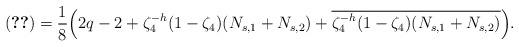
LaTeX: \begin{align*}\eqref{eq:com1}=\frac{1}{8}\Big(2q-2+\zeta_4^{-h}(1-\zeta_4)(N_{s,1}+N_{s,2})+\overline{\zeta_4^{-h}(1-\zeta_4)(N_{s,1}+N_{s,2})}\Big). \end{align*}